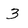
Character: 3